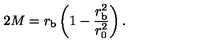
2 M = r _ { \mathrm { b } } \left( 1 - \frac { r _ { \mathrm { b } } ^ { 2 } } { r _ { 0 } ^ { 2 } } \right) .